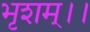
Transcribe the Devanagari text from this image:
भृशम्।।